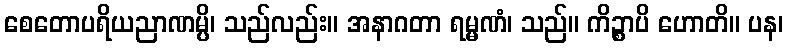
စေတောပရိယညာဏမ္ပိ၊ သည်လည်း။ အနာဂတာ ရမ္မဏံ၊ သည်။ ကိဉ္စာပိ ဟောတိ။ ပန၊